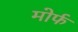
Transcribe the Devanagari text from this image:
मोर्फ